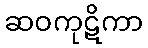
ဆဝကုဋိကာ